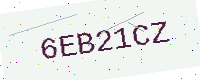
Text: 6EB21CZ